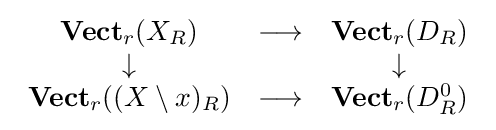
{\begin{array}{ccc}\mathbf {Vect} _{r}(X_{R})&\longrightarrow &\mathbf {Vect} _{r}(D_{R})\\\downarrow &&\downarrow \\\mathbf {Vect} _{r}((X\setminus x)_{R})&\longrightarrow &\mathbf {Vect} _{r}(D_{R}^{0})\end{array}}